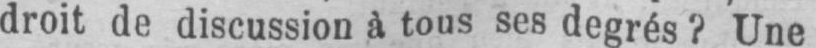
droit de discussion à tous ses degrés? Une